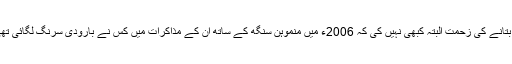
یہ بتانے کی زحمت البتہ کبھی نہیں کی کہ 2006ء میں منموہن سنگھ کے ساتھ ان کے مذاکرات میں کس نے بارودی سرنگ لگائی تھی؟